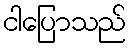
ငါပြောသည်